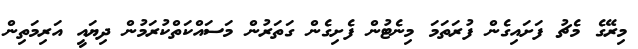
މިރޭގެ މެޗު ފަށައިގެން ފުރަތަމަ މިނެޓުން ފެށިގެން ގަތަރުން މަސައްކަތްކުރަމުން ދިޔައީ އަރިމަތިން